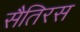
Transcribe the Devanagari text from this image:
सैतिरस